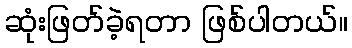
ဆုံးဖြတ်ခဲ့ရတာ ဖြစ်ပါတယ်။